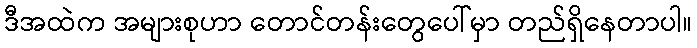
ဒီအထဲက အများစုဟာ တောင်တန်းတွေပေါ်မှာ တည်ရှိနေတာပါ။